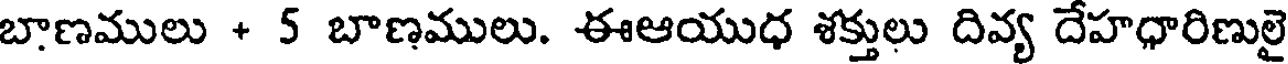
బాణములు + 5 బాణములు. ఈఆయుధ శక్తులు దివ్య దేహధారిణులై